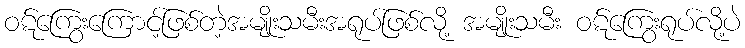
ဝဋ်ကြွေးကြောင့်ဖြစ်တဲ့အမျိုးသမီးအရုပ်ဖြစ်လို့ အမျိုးသမီး ဝဋ်ကြွေးရုပ်လို့ပဲ